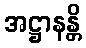
အဋ္ဌာနန္တိ